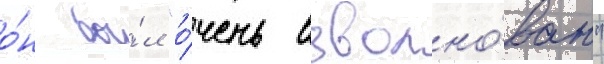
о́н бы́л "о́чень взволно́ван"